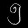
Digit: ၅